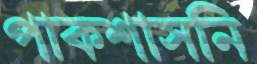
পাকশাসনি